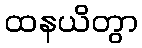
ထနယိတွာ